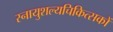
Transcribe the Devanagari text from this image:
स्नायुशल्यचिकित्सकों